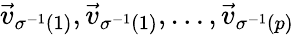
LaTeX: \vec{v}_{\sigma^{-1}(1)},\vec{v}_{\sigma^{-1}(1)},\dotsc,\vec{v}_{\sigma^{-1}(p)}